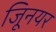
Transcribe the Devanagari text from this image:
जूिनयर